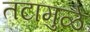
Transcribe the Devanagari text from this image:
तटामुळे